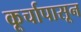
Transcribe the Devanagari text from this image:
कूर्चापासून